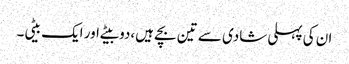
ان کی پہلی شادی سے تین بچے ہیں،دو بیٹے اور ایک بیٹی۔